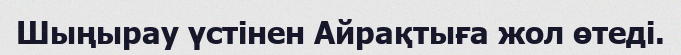
Шыңырау үстінен Айрақтыға жол өтеді.